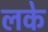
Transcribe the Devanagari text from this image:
लके